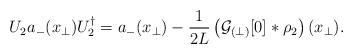
LaTeX: \begin{align*}U_2 a_-(x_\perp) U_2^\dagger = a_-(x_\perp) - \frac{1}{2L} \left({\cal G}_{(\perp)}[0] \ast \rho_2 \right)(x_\perp).\end{align*}